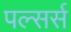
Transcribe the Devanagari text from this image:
पल्सर्स